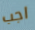
اجب